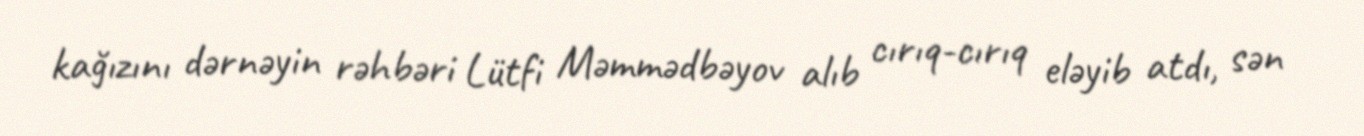
kağızını dərnəyin rəhbəri Lütfi Məmmədbəyov alıb cırıq-cırıq eləyib atdı, sən